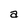
Character: a